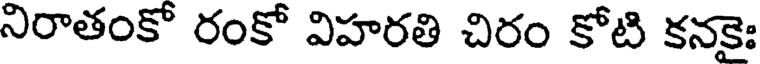
నిరాతంకో రంకో విహరతి చిరం కోటి కనకైః